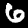
Label: 6